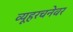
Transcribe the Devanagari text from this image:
व्यूहरचनेवर